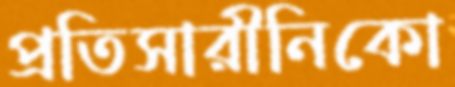
প্রতিসারীনিকো